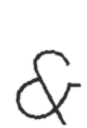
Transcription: &